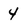
Character: 4